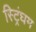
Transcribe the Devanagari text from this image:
स्ट्रिंघम